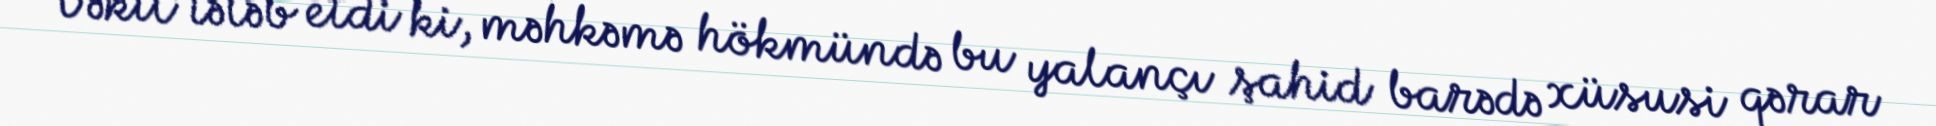
Vəkil tələb etdi ki, məhkəmə hökmündə bu yalançı şahid barədə xüsusi qərar